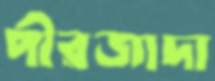
পীরজাদা